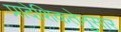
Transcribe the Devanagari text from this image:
प्रादेशिकतेनुसार